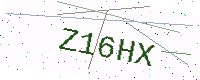
Text: Z16HX